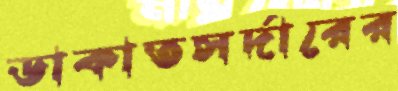
ডাকাতসর্দারের